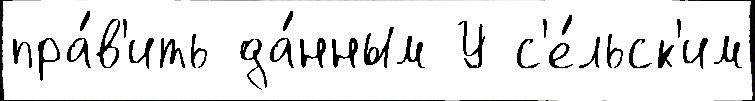
пра́в'ить да́нным У с'е́льск'им